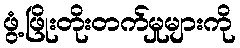
ဖွံ့ဖြိုးတိုးတက်မှုများကို